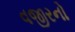
વજીરનો